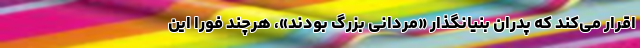
اقرار می‌کند که پدران بنیانگذار «مردانی بزرگ بودند»، هرچند فوراً این